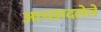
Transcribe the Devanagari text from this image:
अाच्छादलेले